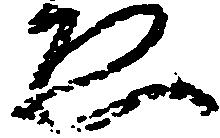
ゑ